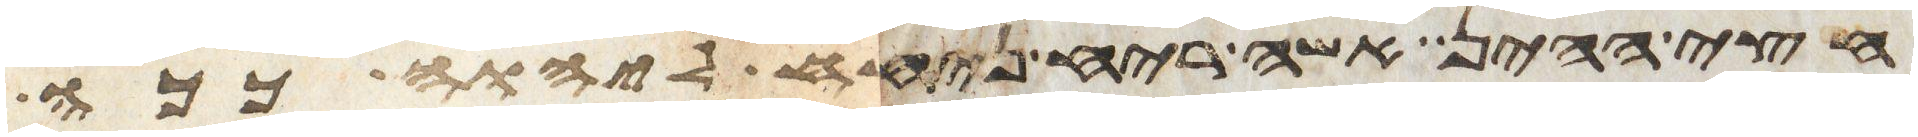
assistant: חצי ההין אשה ריח ניחח ליהוה ככה